Vital statistics of India. Vol. IV, Annual returns from 1871 to 1876. British Army of India, Native Army and jails of Bengal
Year: 1871
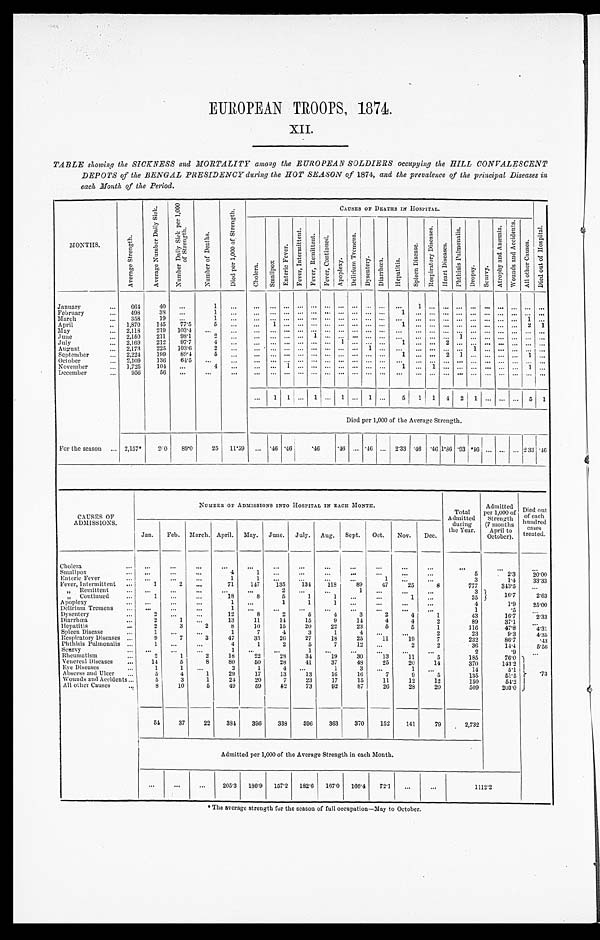
EUROPEAN TROOPS, 1874.
XII.
TABLE showing the SICKNESS and MORTALITY among the EUROPEAN SOLDIERS occupying the HILL CONVALESCENT
DEPOTS of the BENGAL PRESIDENCY during the HOT SEASON of 1874, and the prevalence of the principal Diseases its
each Month of the Period.
MONTHS.
A v e r a g e S t r e n g t h .
A v e r a g e N u m b e r D a i l y S i c k .
N u m b e r D a i l y S i c k p e r 1 , 0 0 0 o f S t r e n g t h .
N u m b e r o f D e a t h s .
D i e d p e r 1 , 0 0 0 o f S t r e n g t h .
CAUSES OF DEATHS IN HOSPITAL.
D i e d o u t o f H o s p i t a l .
C h o l e r a .
S m a l l p o x .
E n t e r i c F e v e r .
F e v e r , I n t e r m i t t e n t .
F e v e r , R e m i t t e n t .
F e v e r C o n t i n u e d .
A p o p l e x y .
D e l i r i u m T r e m e n s .
D y s e n t e r y .
D i a r r h œ a .
H e p a t i t i s .
S p l e e n D i s e a s e .
R e s p i r a t o r y D i s e a s e s .
H e a r t D i s e a s e s .
P h t h i s i s P u l m o n a l i s .
D r o p s y .
S c u r v y
A t r o p h y a n d A n æ m i a .
W o u n d s a n d A c c i d e n t s .
A l l o t h e r C a u s e s .
January . . .
664
40
. . .
1
. . .
. . .
. . .
. . .
. . .
. . .
. . .
. . .
. . .
. . .
. . .
. . .
1
. . .
. . .
. . .
. . .
. . .
. . .
. . .
. . .
. . .
February . . .
498
38
. . .
1
. . .
. . .
. . .
. . .
. . .
. . .
. . .
. . . . . . . . .
. . . 1
. . .
. . .
. . .
. . .
. . .
. . .
. . .
. . .
. . .
. . .
March . . .
358
19
. . .
1
. . .
. . .
. . .
. . .
. . .
. . .
. . .
. . .
. . . . . .
. . .
. . .
. . .
. . .
. . .
. . .
. . .
. . .
. . .
. . .
1
. . .
April . . .
1,870
145
77.5
5
. . .
. . .
1
. . .
. . .
. . . . . .
. . .
. . . . . .
. . .
1
. . . . . .
. . .
. . .
. . .
. . .
. . .
. . .
2
1
May . . .
2,118
219
103.4
. . .
. . .
. . .
. . .
. . .
. . .
. . .. . .
. . .
. . . . . .
. . . . . .
. . .
. . .
. . .
. . .
. . .
. . .
. . .
. . .
. . .
. . .
June . . .
2,150
211
98.1
2
. . .
. . .
. . .
. . .
. . .
1 . . .
. . .
. . . . . .
. . . . . .
. . .
. . .
1
. . .
. . .
. . .
. . .
. . .
. . .
. . .
July . . .
2,169
212
9 7 . 7
4
. . .
. . .
. . .
. . .
. . .
. . .
. . .
1
. . . . . .
. . .
1
. . .
. . .
2
. . .
. . .
. . .
. . .
. . .
. . .
. . .
August . . .
2,173
225
103.6
2
. . .
. . .
. . .
. . .
. . .
. . .. . .
. . .
. . . 1
. . . . . .
. . .
. . .
. . .
. . .
1
. . .
. . .
. . .
. . .
. . .
September . . .
2,224
199
89.4
5
. . .
. . .
. . .
. . .
. . .
. . .
. . .
. . .
. . . . . .
. . . 1
. . .
. . .
2
1
. . .
. . .
. . .
. . .
1
. . .
October . . .
2,109
136
64.5
. . .
. . .
. . .
. . .
. . .
. . .
. . .
. . .
. . .
. . . . . .
. . .
. . .
. . .
. . .
. . .
. . .
. . .
. . .
. . .
. . .
. . .
. . .
November . . .
1,725
104
. . .
4
. . .
. . .
. . .
1
. . .
. . .. . .
. . .
. . . . . .
. . . 1
. . .
1
. . .
. . .
. . .
. . .
. . .
. . .
1
. . .
December . . .
956
56
. . .
. . .
. . .
. . .
. . .
. . .
. . .
. . .
. . .
. . .
. . . . . .
. . .
. . .
. . .
. . .
. . .
. . .
. . .
. . .
. . .
. . .
. . .
. . .
. . .
1
1
. . . 1
. . . 1
. . .
1
. . .
5
1
1
4
2
1
. . .
. . .
. . .
5
1
Died per 1,000 of the Average Strength.
For the season . . .
2,157*
200
89.0
25
11.59
. . .
. 4 6 .46
.46
. 4 6
. . . .46
. . .
2.33 .46 .46
1 . 8 6 .93
. 4 6
. . .
. . .
. . . 2 33 .46
CAUSES OF
ADMISSIONS.
NUMBER OF ADMISSIONS INTO HOSPITAL IN EACH MONTH.
Total
Admitted
during
the Year.
Admitted
per 1,000 of
Strength
(7 months
April to
October).
Died out
of each
hundred
eases
treated.
Jan.
Feb.
March. April.
May.
June.
July.
Aug.
Sept.
Oct.
Nov.
Dec.
Cholera . . .
. . .
. . .
. . .
. . .
. . .
. . .
. . .
. . .
. . .
. . .
. . .
. . .
. . .
. . .
. . .
Smallpox . . .
. . .
. . .
. . .
4
1
. . .
. . .
. . .
. . .
. . .
. . .
5
2.3
20.00
Enteric Fever . . .
. . .
. . .
. . .
1
1
. . .
. . .
. . .
. . .
1
. . .
. . .
3
1.4
33.33
Fever, Intermittent . . .
1
2
. . .
71
147
135
134
118
89
47
25
8
777
343.5
. . .
" Remittent . . .
. . .
. . .
. . .
. . .
. . .
2
. . .
. . .
1
. . .
. . .
. . .
3 16.7
2 ' . 6 3
" C o n t i n u e d . . .
1
. . .
. . .
18
8
5
1
1
. . .
. . .
1
. . .
35
A p o p l e x y . . .
. . .
. . .
. . .
1
. . .
1
1
1
. . .
. . .
. . .
. . .
4
1.9
25.00
D e l i r i u m T r e m e n s . . .
. . .
. . .
. . .
1
. . .
. . .
. . .
. . .
. . .
. . .
. . .
. . .
1
. 5
. . .
Dysentery . . .
2
. . .
. . .
12
8
2
5
4
3
2
4
1
43
16.7
2.33
Diarrhœa . . .
2
1
. . .
13
11
14
15
9
14
4
4
2
89
37.1
. . .
Hepatitis . . .
2
3
2
8
10
15
20
22
23
5
5
1
116
47.8
4.31
Spleen Disease . . .
1
. . .
. . .
1
7
4
3
1
4
. . .
. . .
2
23
9.3
4.35
Respiratory Diseases . . .
9
7
3
47
33
26
27
18
25
11
19
7
232
86.7
.43
Phthisis Pulmonalis . . .
1
. . .
. . .
4
1
2
5
7
12
. . .
2
2
36
14.4
5.56
Scurvy . . .
. . .
. . .
. . .
1
. . .
. . .
1
. . .
. . .
. . .
. . .
. . .
2
. 9
. . .
Rheumatism . . .
2
1
2
18
22
28
34
19
30
13
11
5
185
76.0
. 7 3
Venereal Diseases . . .
14
5
8
80
50
28
41
37
48
25
20
14
370
143.2
Eye Diseases . . .
1
1
. . .
2
1
4
. . .
1
3
. . .
1
. . .
14
5 . 1
Abscess and Ulcer . . .
5
4
1
29
17
13
13
16
16
7
9
5
135
51.5
Wounds and Accidents . . .
5
3
1
24
20
7
23
17
15
11
12
12
150
54.2
All other Causes . . .
8
10
5
49
59
82
73
92
87
26
28
20
509
203.0
54
37
22
384
396
338
396
363
370
152
141
79
2,732
Admitted per 1,000 of the Average Strength in each Month.
. . .
. . .
. . .
205.3
186.9
157.2
182.6
167.0
166.4
72.1
. . .
. . .
1112.2
* The average strength for the season of full occupation—May to October.